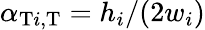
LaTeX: \alpha_{\mathrm{T}i,\mathrm{T}}=h_{i}/(2w_{i})